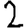
Digit: 2